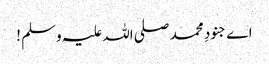
اے جنودِ محمد صلی اللہ علیہ وسلم !